Report on the Civil Veterinary Department, Eastern Bengal and Assam - 1907-1911
Year: 1907
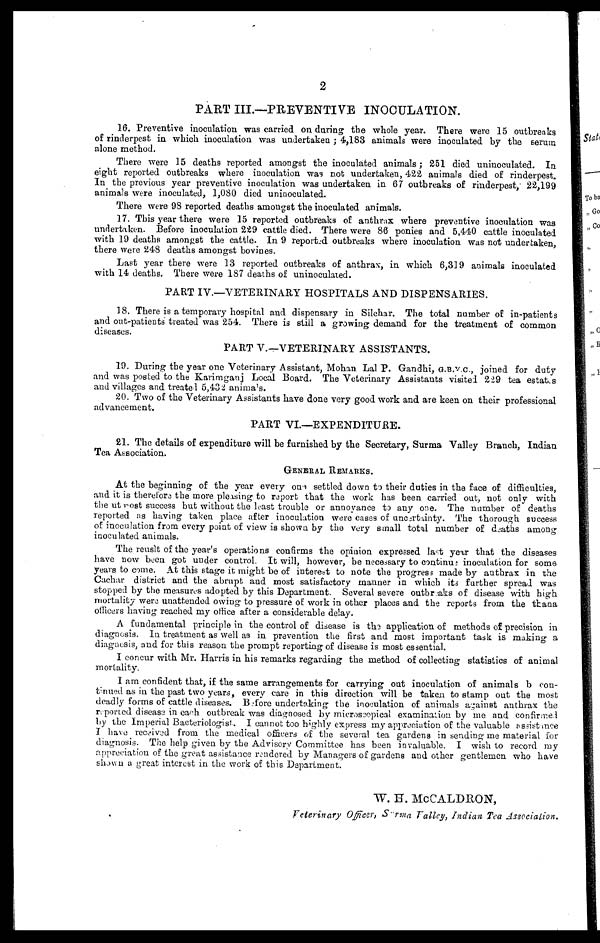
2
PART III.—PREVENTIVE INOCULATION.
16. Preventive inoculation was carried on during the whole year. There were 15 outbreaks
of rinderpest in which inoculation was undertaken; 4,183 animals were inoculated by the serum
alone method.
There were 15 deaths reported amongst the inoculated animals; 251 died uninoculated. In
eight reported outbreaks where inoculation was not undertaken, 422 animals died of rinderpest.
In the previous year preventive inoculation was undertaken in 67 outbreaks of rinderpest, 22,199
animals were inoculated, 1,080 died uninoculated.
There were 98 reported deaths amongst the inoculated animals.
17. This year there were 15 reported outbreaks of anthrax where preventive inoculation was
undertaken. Before inoculation 229 cattle died. There were 86 ponies and 5,440 cattle inoculated
with 19 deaths amongst the cattle. In 9 reported outbreaks where inoculation was not undertaken,
there were 248 deaths amongst bovines.
Last year there were 13 reported outbreaks of anthrax, in which 6,319 animals inoculated
with 14 deaths. There were 187 deaths of uninoculated.
PART IV.—VETERINARY HOSPITALS AND DISPENSARIES.
18. There is a temporary hospital and dispensary in Silchar. The total number of in-patients
and out-patients treated was 254. There is still a growing demand for the treatment of common
diseases.
PART V.—VETERINARY ASSISTANTS.
19. During the year one Veterinary Assistant, Mohan Lal P. Gandhi, G.B.V.C., joined for duty
and was posted to the Karimganj Local Board. The Veterinary Assistants visited 229 tea estates
and villages and treated 5,432 animals.
20. Two of the Veterinary Assistants have done very good work and are keen on their professional
advancement.
PART VI.—EXPENDITURE.
21. The details of expenditure will be furnished by the Secretary, Surma Valley Branch, Indian
Tea Association.
GENERAL REMARKS.
At the beginning of the year every one settled down to their duties in the face of difficulties,
and it is therefore the more pleasing to report that the work has been carried out, not only with
the at post success but without the least trouble or annoyance to any one. The number of deaths
reported as having taken place after inoculation were cases of uncertainty. The thorough success
of inoculation from every point of view is shown by the very small total number of deaths among
inoculated animals.
The reuslt of the year's operations confirms the opinion expressed last year that the diseases
have now been got under control. It will, however, be necessary to continue inoculation for some
years to come. At this stage it might be of interest to note the progress made by anthrax in the
Cachar district and the abrupt and most satisfactory manner in which its further spread was
stopped by the measures adopted by this Department. Several severe outbreaks of disease with high
mortality were unattended owing to pressure of work in other places and the reports from the thana
officers having reached my office after a considerable delay.
A fundamental principle in the control of disease is the application of methods of precision in
diagnosis. In treatment as well as in prevention the first and most important task is making a
diagnosis, and for this reason the prompt reporting of disease is most essential.
I concur with Mr. Harris in his remarks regarding the method of collecting statistics of animal
mortality.
I am confident that, if the same arrangements for carrying out inoculation of animals b con-
tinued as in the past two years, every care in this direction will be taken to stamp out the most
deadly forms of cattle diseases. Before undertaking the inoculation of animals against anthrax the
reported disease in each outbreak was diagnosed by microseopical examination by me and confirmed
by the Imperial Bacteriologist. I cannot too highly express my appreciation of the valuable assistance
I have received from the medical officers of the several tea gardens in sending me material for
diagnosis. The help given by the Advisory Committee has been invaluable. I wish to record my
appreciation of the great assistance rendered by Managers of gardens and other gentlemen who have
shown a great interest in the work of this Department.
W. H. McCALDRON,
Veterinary Officer, Surma Valley, Indian Tea Association.